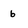
Character: b